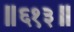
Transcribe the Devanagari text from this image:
॥६१३॥